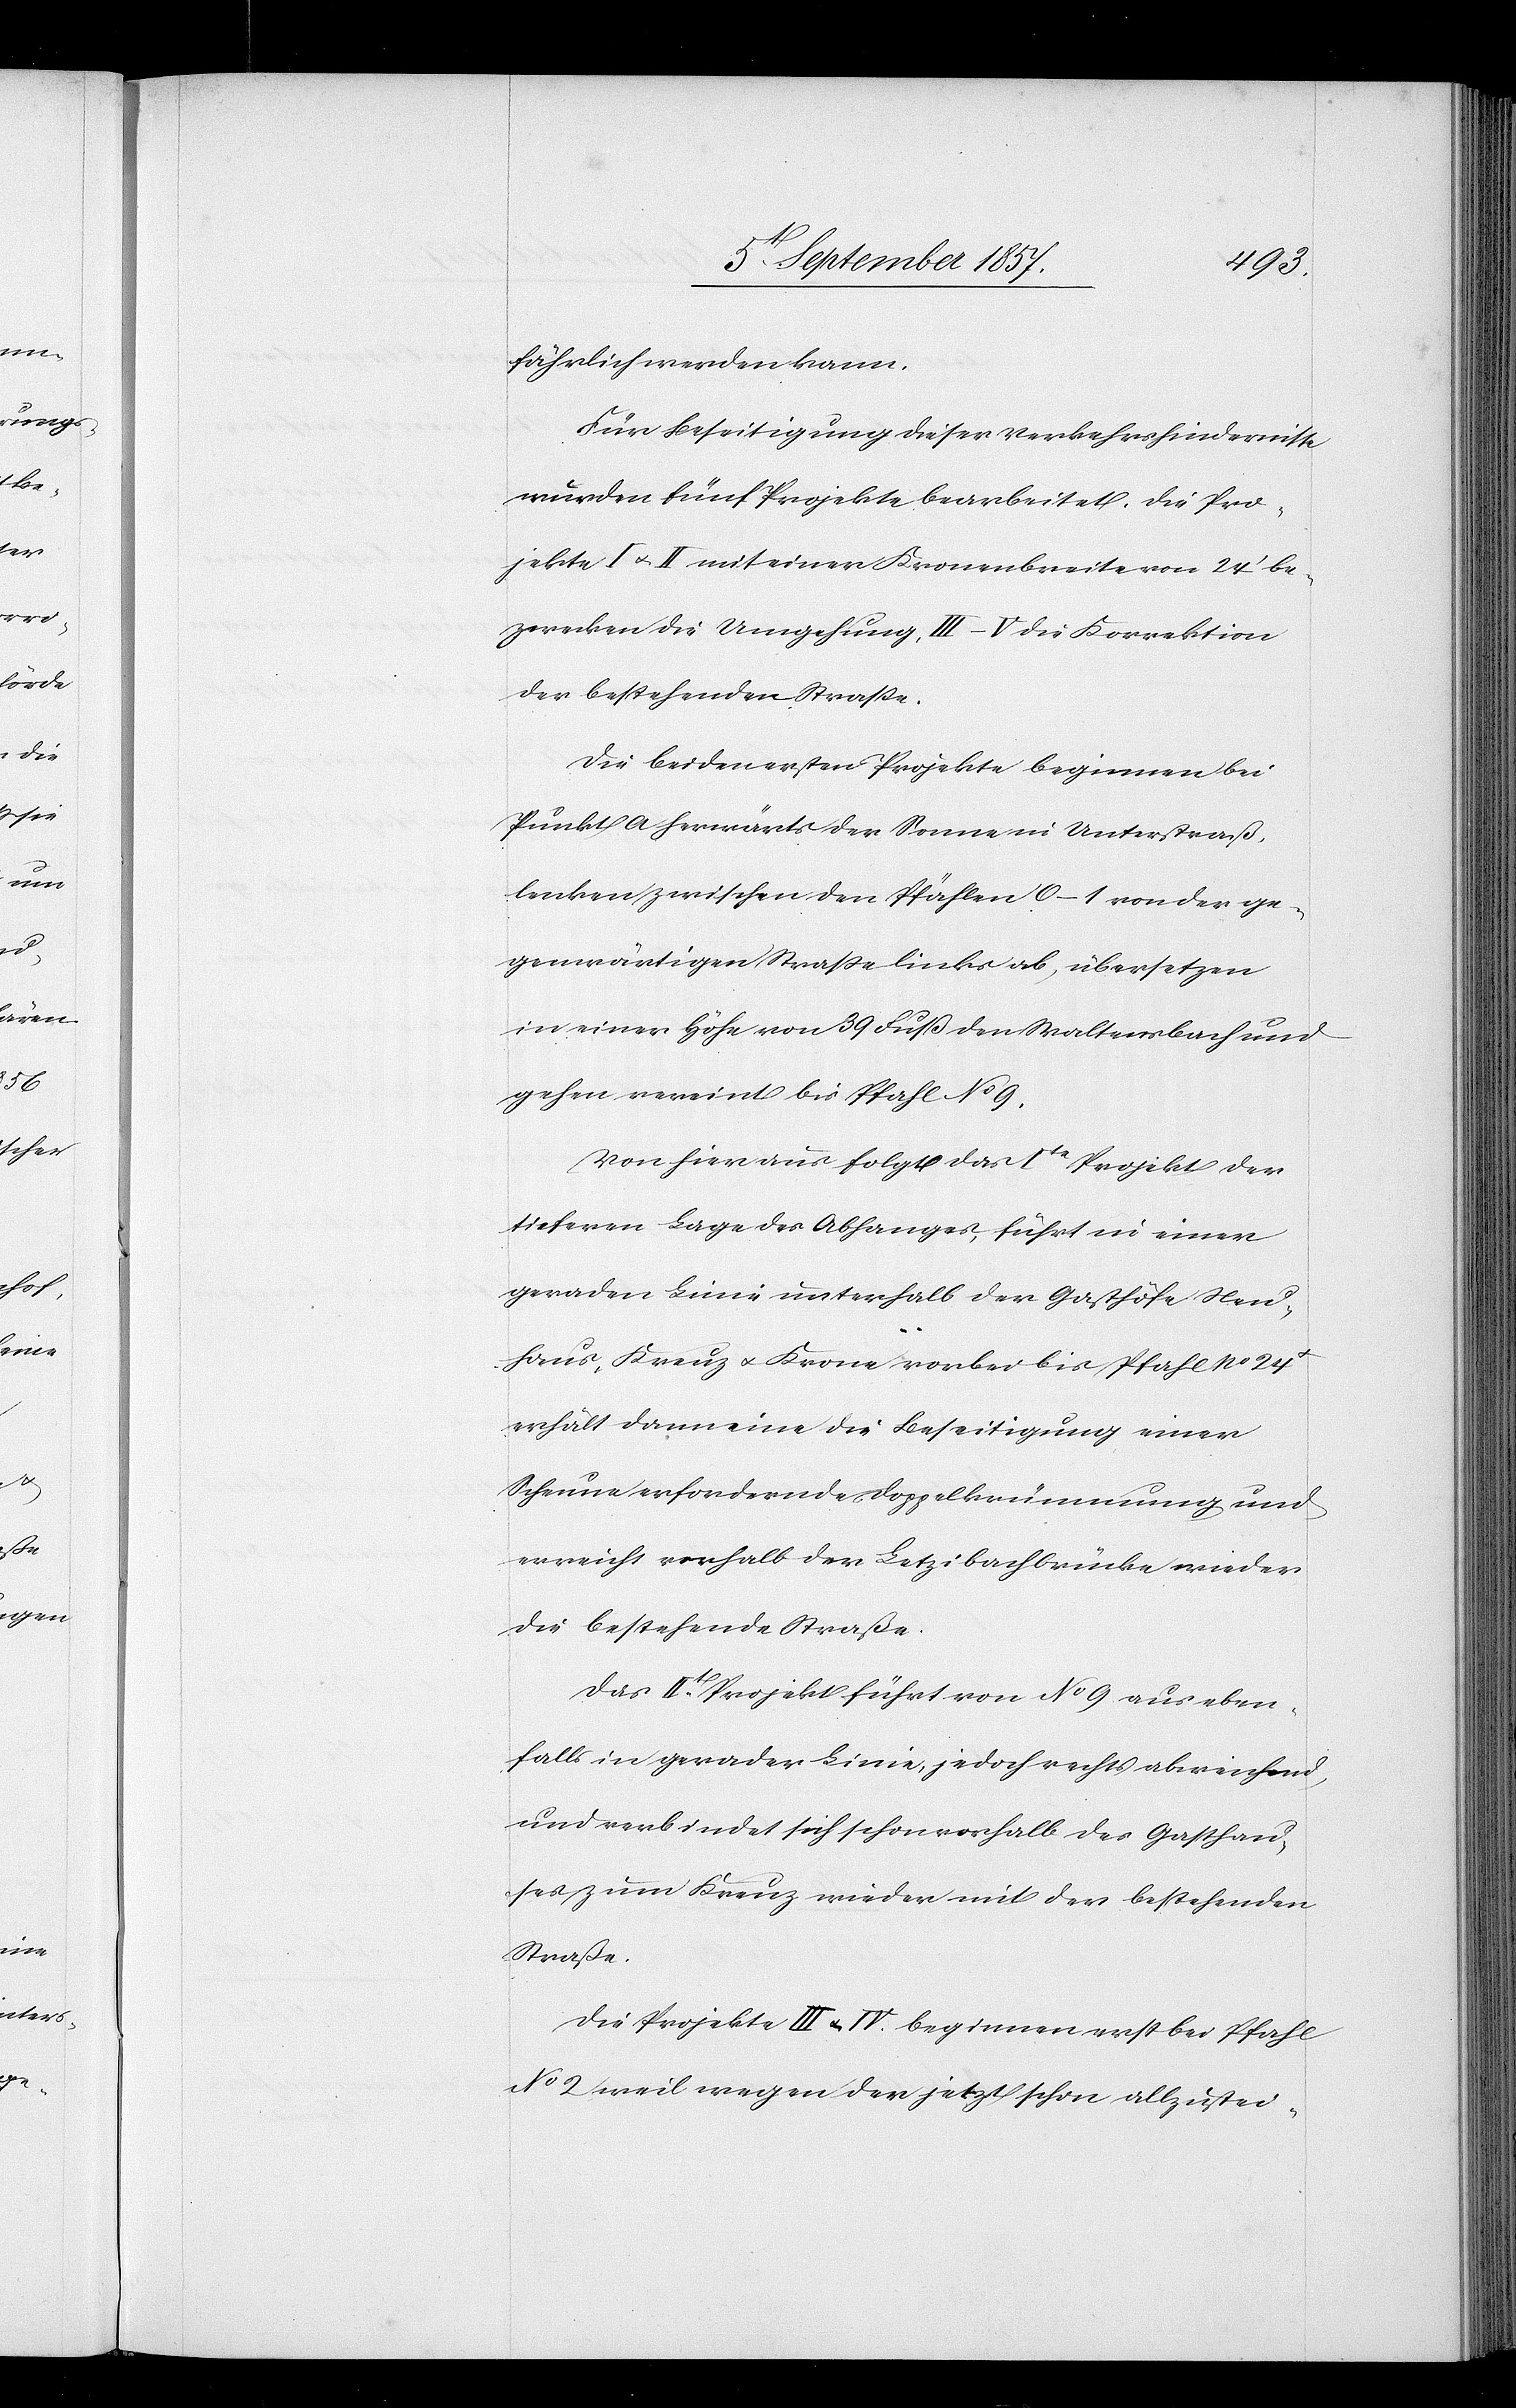
fährlich werden kann.
Für Beseitigung dieser Verkehrshindernisse
würden fünf Projekte bearbeitet. Die Pro¬
jekte I & II mit einer Kronenbreite von 24’ be¬
zwecken die Umgehung, III–V die Korrektion
der bestehenden Straße.
Die beiden ersten Projekte beginnen bei
Punkt A herwärts der Sonne in Unterstraß,
lenken zwischen den Pfählen 0–1 von der ge¬
genwärtigen Straße links ab, übersetzen
in einer Höhe von 39 Fuß den Waltenbach und
gehen vereint bis Pfahl No 9.
Von hier aus folgt das 1te Projekt der
tiefern Lage des Abhanges, führt in einer
geraden Linie unterhalb der Gasthöfe Neu¬
haus, Kreuz & Krone vorbei bis Pfahl No 24
erhält dann eine die Beseitigung einer
Scheune erfordernde Doppelkrümmung und
erreicht vorhalb der Letzibachbrücke wieder
die bestehende Straße.
Das IIt Projekt führt von No 9 aus eben¬
falls in gerader Linie, jedoch rechts abweichend,
und verbindet sich schon vorhalb des Gasthau¬
ses zum Kreuz wieder mit der bestehenden
Straße.
Die Projekte III & IV beginnen erst bei Pfahl
No 2 weil wegen der jetzt schon allzustei-